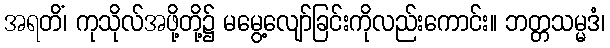
အရတိံ၊ ကုသိုလ်အဖို့တို့၌ မမွေ့လျော်ခြင်းကိုလည်းကောင်း။ ဘတ္တသမ္မဒံ၊